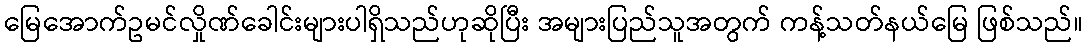
မြေအောက်ဥမင်လှိုဏ်ခေါင်းများပါရှိသည်ဟုဆိုပြီး အများပြည်သူအတွက် ကန့်သတ်နယ်မြေ ဖြစ်သည်။